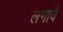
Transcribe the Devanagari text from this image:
लगावैं